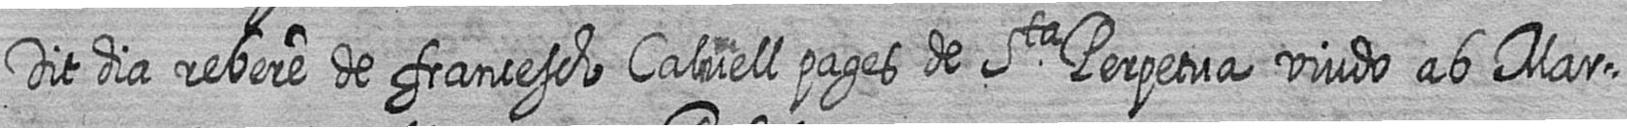
Dit dia rebere de francesch Calvell pages de Sta Perpetua viudo ab Mar=